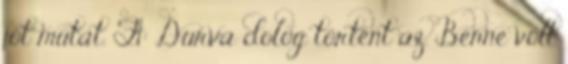
jót mutat. F1: Durva dolog történt az. Benne volt